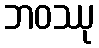
ဘဝဿု